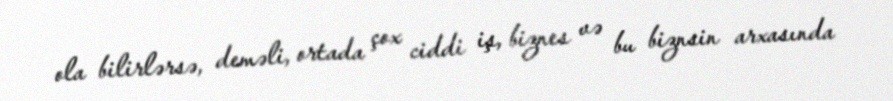
ola bilirlərsə, deməli, ortada çox ciddi iş, biznes və bu biznsin arxasında